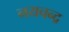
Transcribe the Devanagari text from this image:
नयचन्द्र